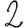
Digit: 2